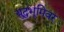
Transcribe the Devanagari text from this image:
युद्धभूमिवर